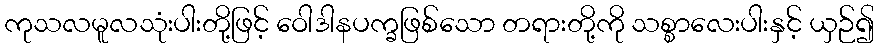
ကုသလမူလသုံးပါးတို့ဖြင့် ဝေါဒါနပက္ခဖြစ်သော တရားတို့ကို သစ္စာလေးပါးနှင့် ယှဉ်၍